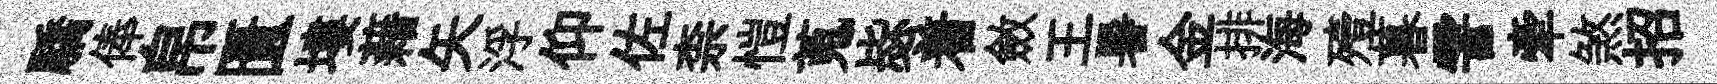
驕俸帛匱塿藉矢浮仰佐柰愷蒐毖着斂王暑金排海殪暮霅牽煞招